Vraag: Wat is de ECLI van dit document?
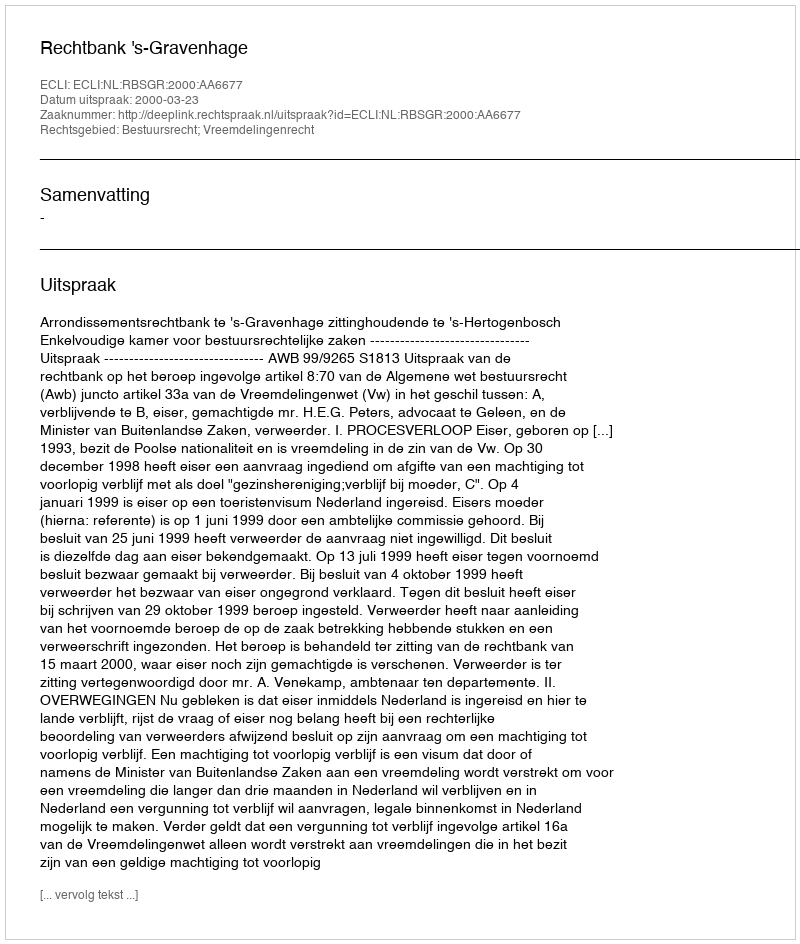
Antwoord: ECLI:NL:RBSGR:2000:AA6677